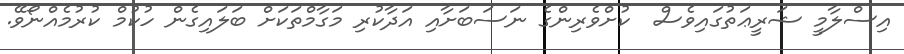
އިސްލާމީ ޝަރީޢަތުގައިވެސް  ކުށްވެރިންގެ ނަސަބަށާއި އަދާކުރި މަގާމްތަކަށް ބަލައިގެން ހުކުމް ކުރުމެއްނޯވޭ.